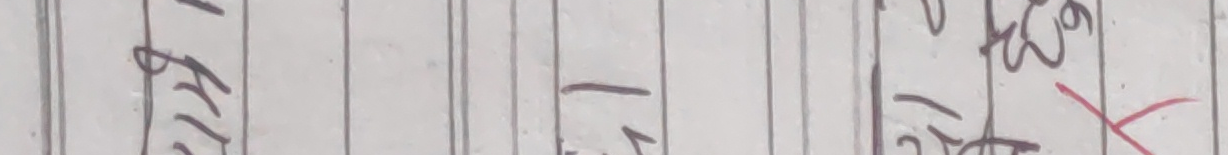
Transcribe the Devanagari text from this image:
१ ब्र १ २ ३ ६ २